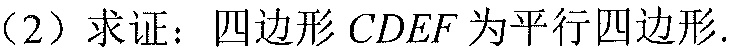
(2) 求证：四边形 \(CDEF\) 为平行四边形.